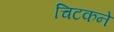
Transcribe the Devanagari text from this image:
चिटकने